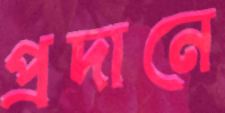
প্রদানে